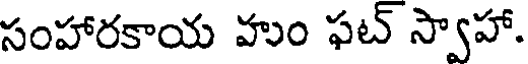
సంహారకాయ హుం ఫట్ స్వాహా.